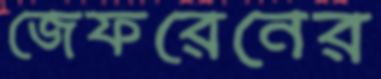
জেফরেনের